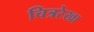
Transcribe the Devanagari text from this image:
चित्ररेखा